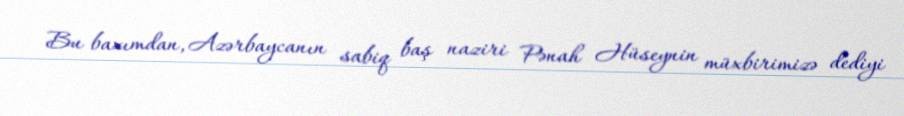
Bu baxımdan, Azərbaycanın sabiq baş naziri Pənah Hüseynin müxbirimizə dediyi